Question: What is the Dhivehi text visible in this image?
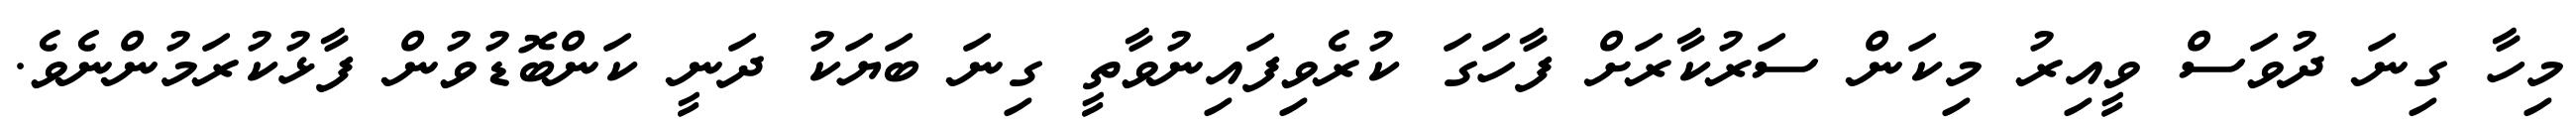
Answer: މިހާ ގިނަ ދުވަސް ވީއިރު މިކަން ސަރުކާރަށް ފާހަގަ ކުރެވިފައިނުވާތީ ގިނަ ބަޔަކު ދަނީ ކަންބޮޑުވުން ފާޅުކުރަމުންނެވެ.